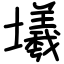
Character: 㙿